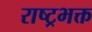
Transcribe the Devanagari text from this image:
राष्ट्रभक्त